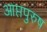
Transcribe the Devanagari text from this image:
आप्तपुरुष